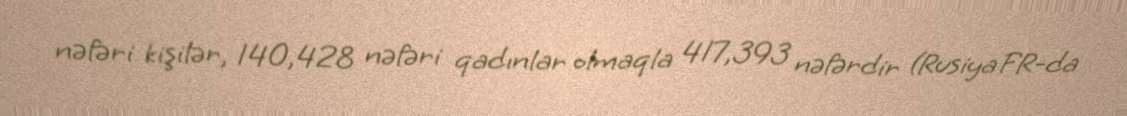
nəfəri kişilər, 140,428 nəfəri qadınlar olmaqla 417,393 nəfərdir (Rusiya FR-da